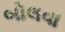
બોલવા